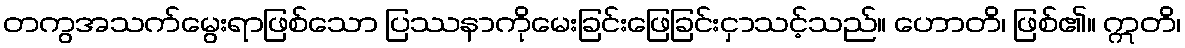
တကွအသက်မွေးရာဖြစ်သော ပြဿနာကိုမေးခြင်းဖြေခြင်းငှာသင့်သည်။ ဟောတိ၊ ဖြစ်၏။ ဣတိ၊